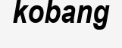
kobang